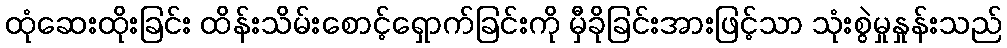
ထုံဆေးထိုးခြင်း ထိန်းသိမ်းစောင့်ရှောက်ခြင်းကို မှီခိုခြင်းအားဖြင့်သာ သုံးစွဲမှုနှုန်းသည်